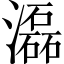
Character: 𤂬